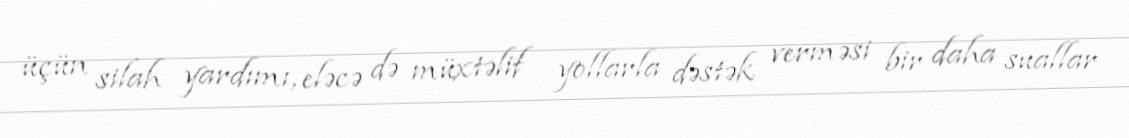
üçün silah yardımı, eləcə də müxtəlif yollarla dəstək verməsi bir daha suallar